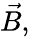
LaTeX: \vec{B,}